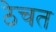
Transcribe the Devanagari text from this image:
ठेचत